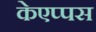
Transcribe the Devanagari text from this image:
केएप्पस